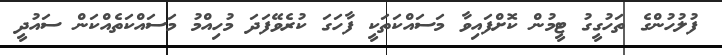
ފުލުހުންގެ ތަހުގީގު ޓީމުން ކޮށްފައިވާ މަސައްކަތަކީ ފާހަގަ ކުރެވޭފަދަ މުހިއްމު މަސައްކަތެއްކަން ސައުދީ